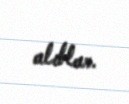
alıblar.